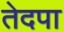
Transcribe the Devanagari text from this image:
तेदपा